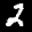
Label: 2